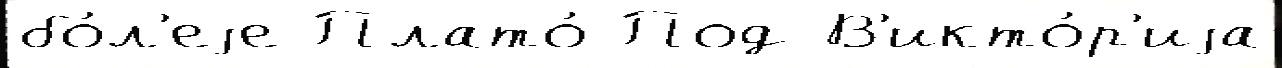
бо́л'еjе Плато́ Под В'икто́р'иjа